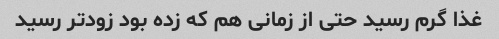
غذا گرم رسید حتی از زمانی هم که زده بود زودتر رسید